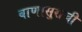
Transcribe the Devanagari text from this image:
बाणासुराची